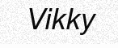
Vikky